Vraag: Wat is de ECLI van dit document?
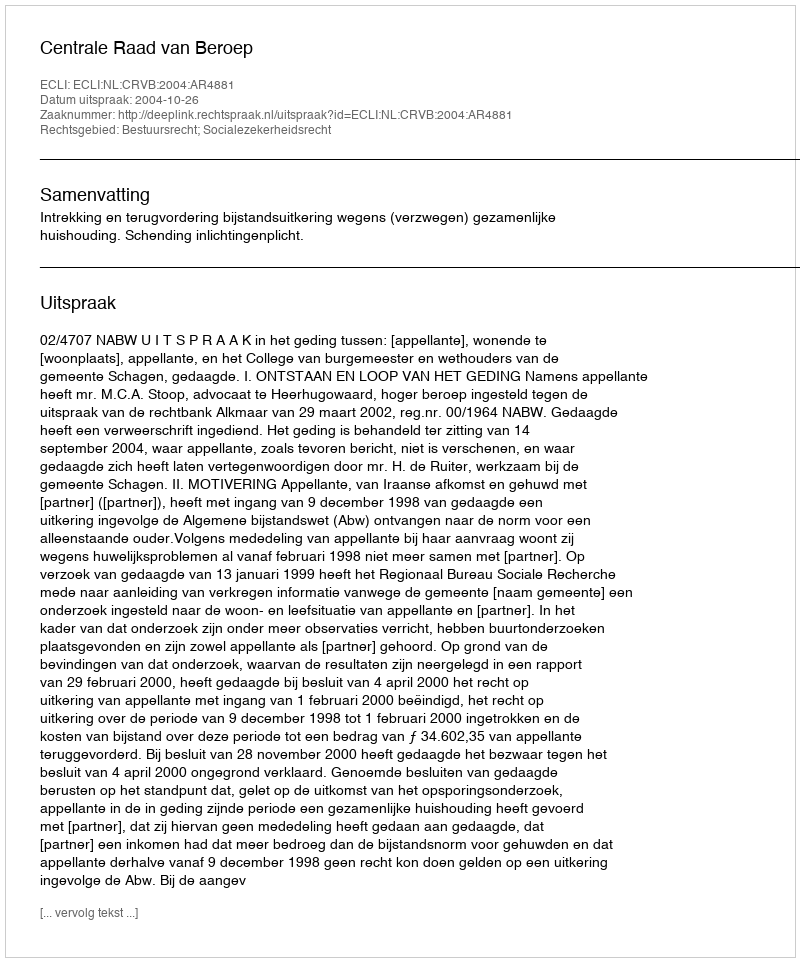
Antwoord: ECLI:NL:CRVB:2004:AR4881